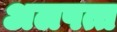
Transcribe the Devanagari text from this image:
अलपत्त